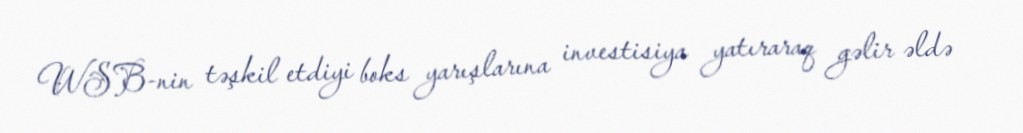
WSB-nin təşkil etdiyi boks yarışlarına investisiya yatıraraq gəlir əldə